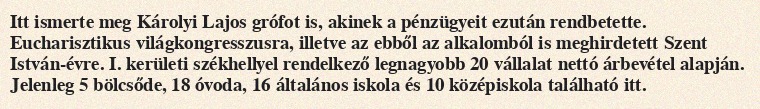
Itt ismerte meg Károlyi Lajos grófot is, akinek a pénzügyeit ezután rendbetette. Eucharisztikus világkongresszusra, illetve az ebből az alkalomból is meghirdetett Szent István-évre. I. kerületi székhellyel rendelkező legnagyobb 20 vállalat nettó árbevétel alapján. Jelenleg 5 bölcsőde, 18 óvoda, 16 általános iskola és 10 középiskola található itt.